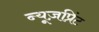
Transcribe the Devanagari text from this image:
न्यूज़प्रिंट